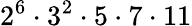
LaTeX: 2^{6}\cdot 3^{2}\cdot 5\cdot 7\cdot 11